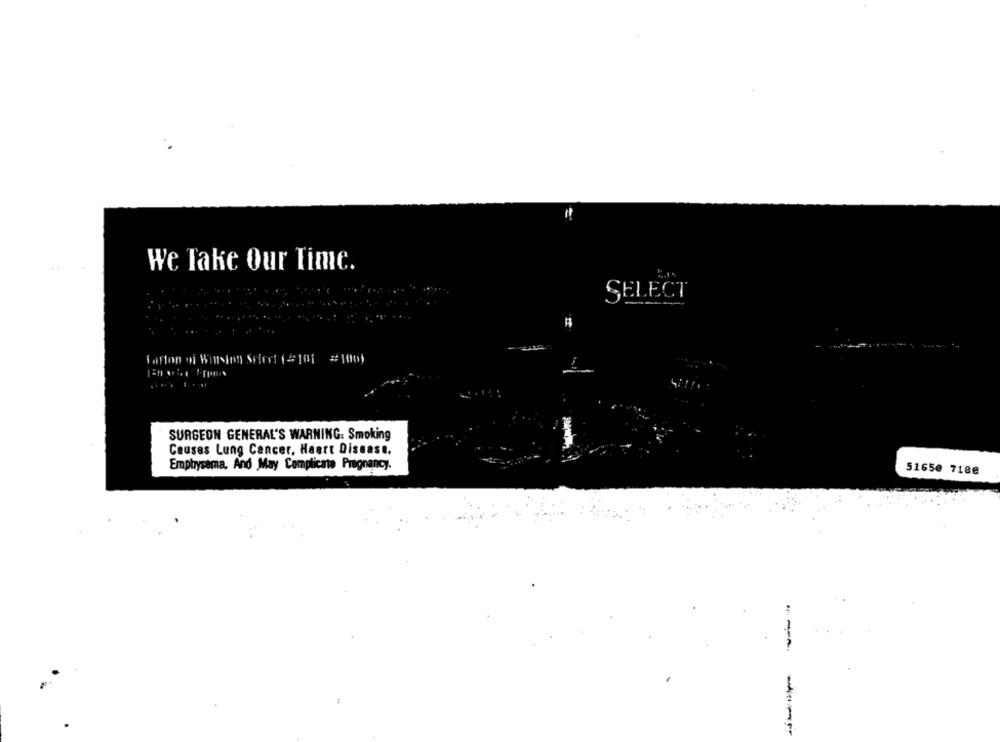
..
We lake Our Time.
SELECT
SURGEON GENERAL'S WARNING. Smoking
Causes Lung Cancer, Heart Disease.
Emphysema, And May Complicate Pregnancy.
51650 7188
-- ---